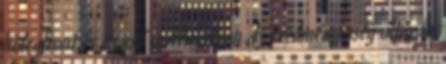
hidegfront és az eső is Miskolcon Az eredményesség oltárán